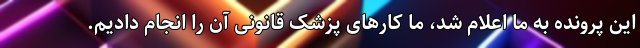
این پرونده به ما اعلام شد، ما کار‌های پزشک قانونی آن را انجام دادیم.